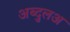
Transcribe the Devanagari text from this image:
अब्दुलअ